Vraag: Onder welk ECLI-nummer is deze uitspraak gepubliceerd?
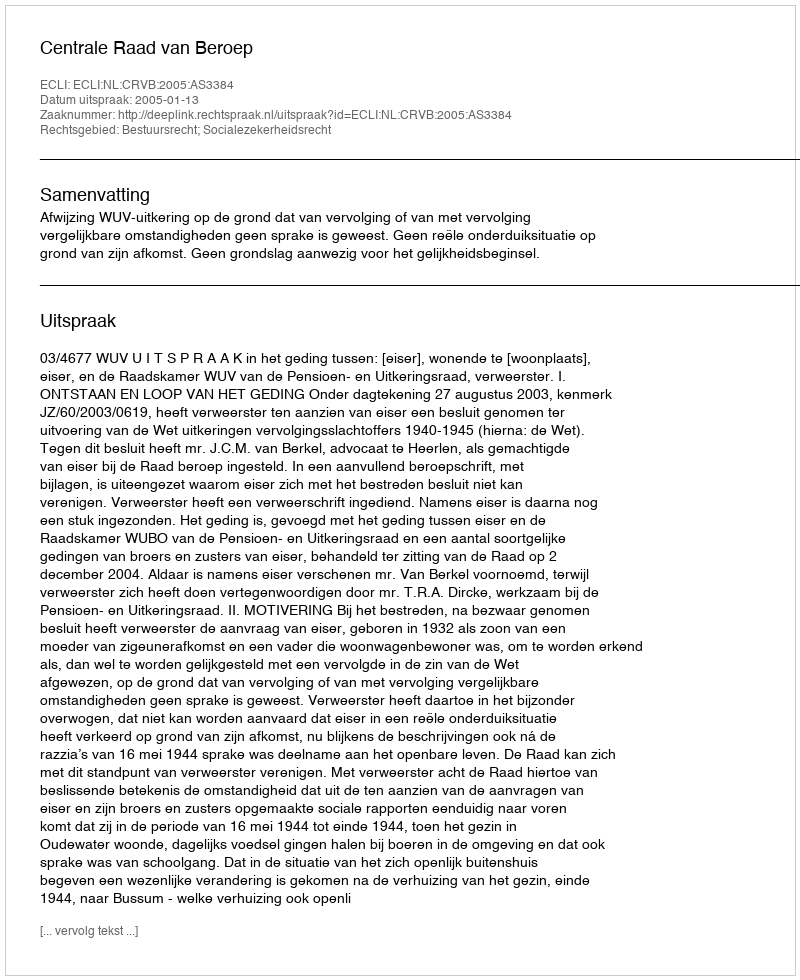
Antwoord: ECLI:NL:CRVB:2005:AS3384